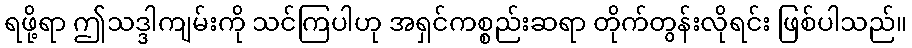
ရဖို့ရာ ဤသဒ္ဒါကျမ်းကို သင်ကြပါဟု အရှင်ကစ္စည်းဆရာ တိုက်တွန်းလိုရင်း ဖြစ်ပါသည်။